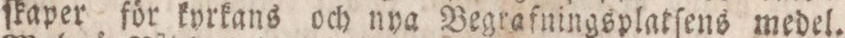
ſkaper för kyrkans och nya Begrafningsplatſens medel.